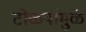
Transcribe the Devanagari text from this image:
टोळ्यांमुळे